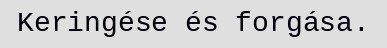
Keringése és forgása.